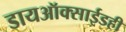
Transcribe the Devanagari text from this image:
डायऑक्साईडही